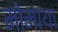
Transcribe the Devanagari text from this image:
मोमाया